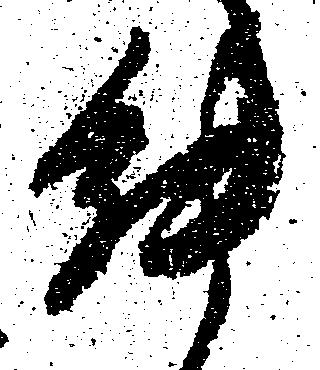
能